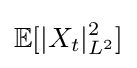
\mathbb {E} [|X_{t}|_{L^{2}}^{2}]